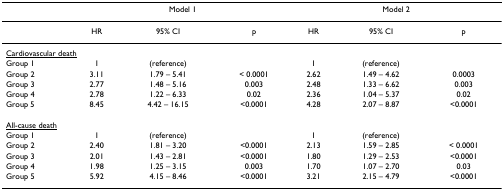
<table><thead><tr><td></td><td colspan="3"><b>Model 1</b></td><td colspan="3"><b>Model 2</b></td></tr></thead><tbody><tr><td></td><td>HR</td><td>95% CI</td><td>p</td><td>HR</td><td>95% CI</td><td>p</td></tr><tr><td colspan="7"><underline>Cardiovascular death</underline></td></tr><tr><td>Group 1</td><td>1</td><td>(reference)</td><td></td><td>1</td><td>(reference)</td><td></td></tr><tr><td>Group 2</td><td>3.11</td><td>1.79 – 5.41</td><td>&lt; 0.0001</td><td>2.62</td><td>1.49 – 4.62</td><td>0.0003</td></tr><tr><td>Group 3</td><td>2.77</td><td>1.48 – 5.16</td><td>0.003</td><td>2.48</td><td>1.33 – 6.62</td><td>0.003</td></tr><tr><td>Group 4</td><td>2.78</td><td>1.22 – 6.33</td><td>0.02</td><td>2.36</td><td>1.04 – 5.37</td><td>0.02</td></tr><tr><td>Group 5</td><td>8.45</td><td>4.42 – 16.15</td><td>&lt;0.0001</td><td>4.28</td><td>2.07 – 8.87</td><td>&lt;0.0001</td></tr><tr><td colspan="7"><underline>All-cause death</underline></td></tr><tr><td>Group 1</td><td>1</td><td>(reference)</td><td></td><td>1</td><td>(reference)</td><td></td></tr><tr><td>Group 2</td><td>2.40</td><td>1.81 – 3.20</td><td>&lt;0.0001</td><td>2.13</td><td>1.59 – 2.85</td><td>&lt; 0.0001</td></tr><tr><td>Group 3</td><td>2.01</td><td>1.43 – 2.81</td><td>&lt;0.0001</td><td>1.80</td><td>1.29 – 2.53</td><td>&lt;0.0001</td></tr><tr><td>Group 4</td><td>1.98</td><td>1.25 – 3.15</td><td>0.003</td><td>1.70</td><td>1.07 – 2.70</td><td>0.03</td></tr><tr><td>Group 5</td><td>5.92</td><td>4.15 – 8.46</td><td>&lt;0.0001</td><td>3.21</td><td>2.15 – 4.79</td><td>&lt;0.0001</td></tr></tbody></table>